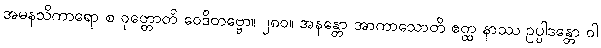
အမနသိကာရော စ ဝုတ္တောတိ ဝေဒိတဗ္ဗော။ ၂၈၀။ အနန္တော အာကာသောတိ ဧတ္ထ နာဿ ဥပ္ပါဒန္တော ဝါ